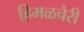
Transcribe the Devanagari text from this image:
हिमळचेरी